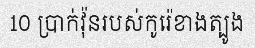
10 ប្រាក់វ៉ុនរបស់កូរ៉េខាងត្បូង